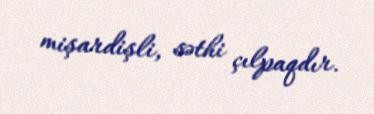
mişardişli, səthi çılpaqdır.